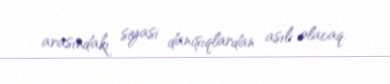
arasındakı siyasi danışıqlardan asılı olacaq.